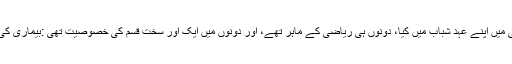
ان دونوں نے اپنا اختراعی کام کیمبرج یونیورسٹی میں اپنے عہد شباب میں کیا، دونوں ہی ریاضی کے ماہر تھے، اور دونوں میں ایک اور سخت قسم کی خصوصیت تھی :بیماری کی حد تک پہنچنے والی مکمل طور پر آدم بیزاری۔